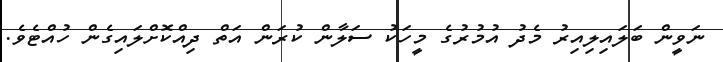
ނަވީން ބަލައިލިއިރު މެދު އުމުރުގެ މީހަކު ސަލާން ކުރަން އަތް ދިއްކޮށްލައިގެން ހުއްޓެވެ.